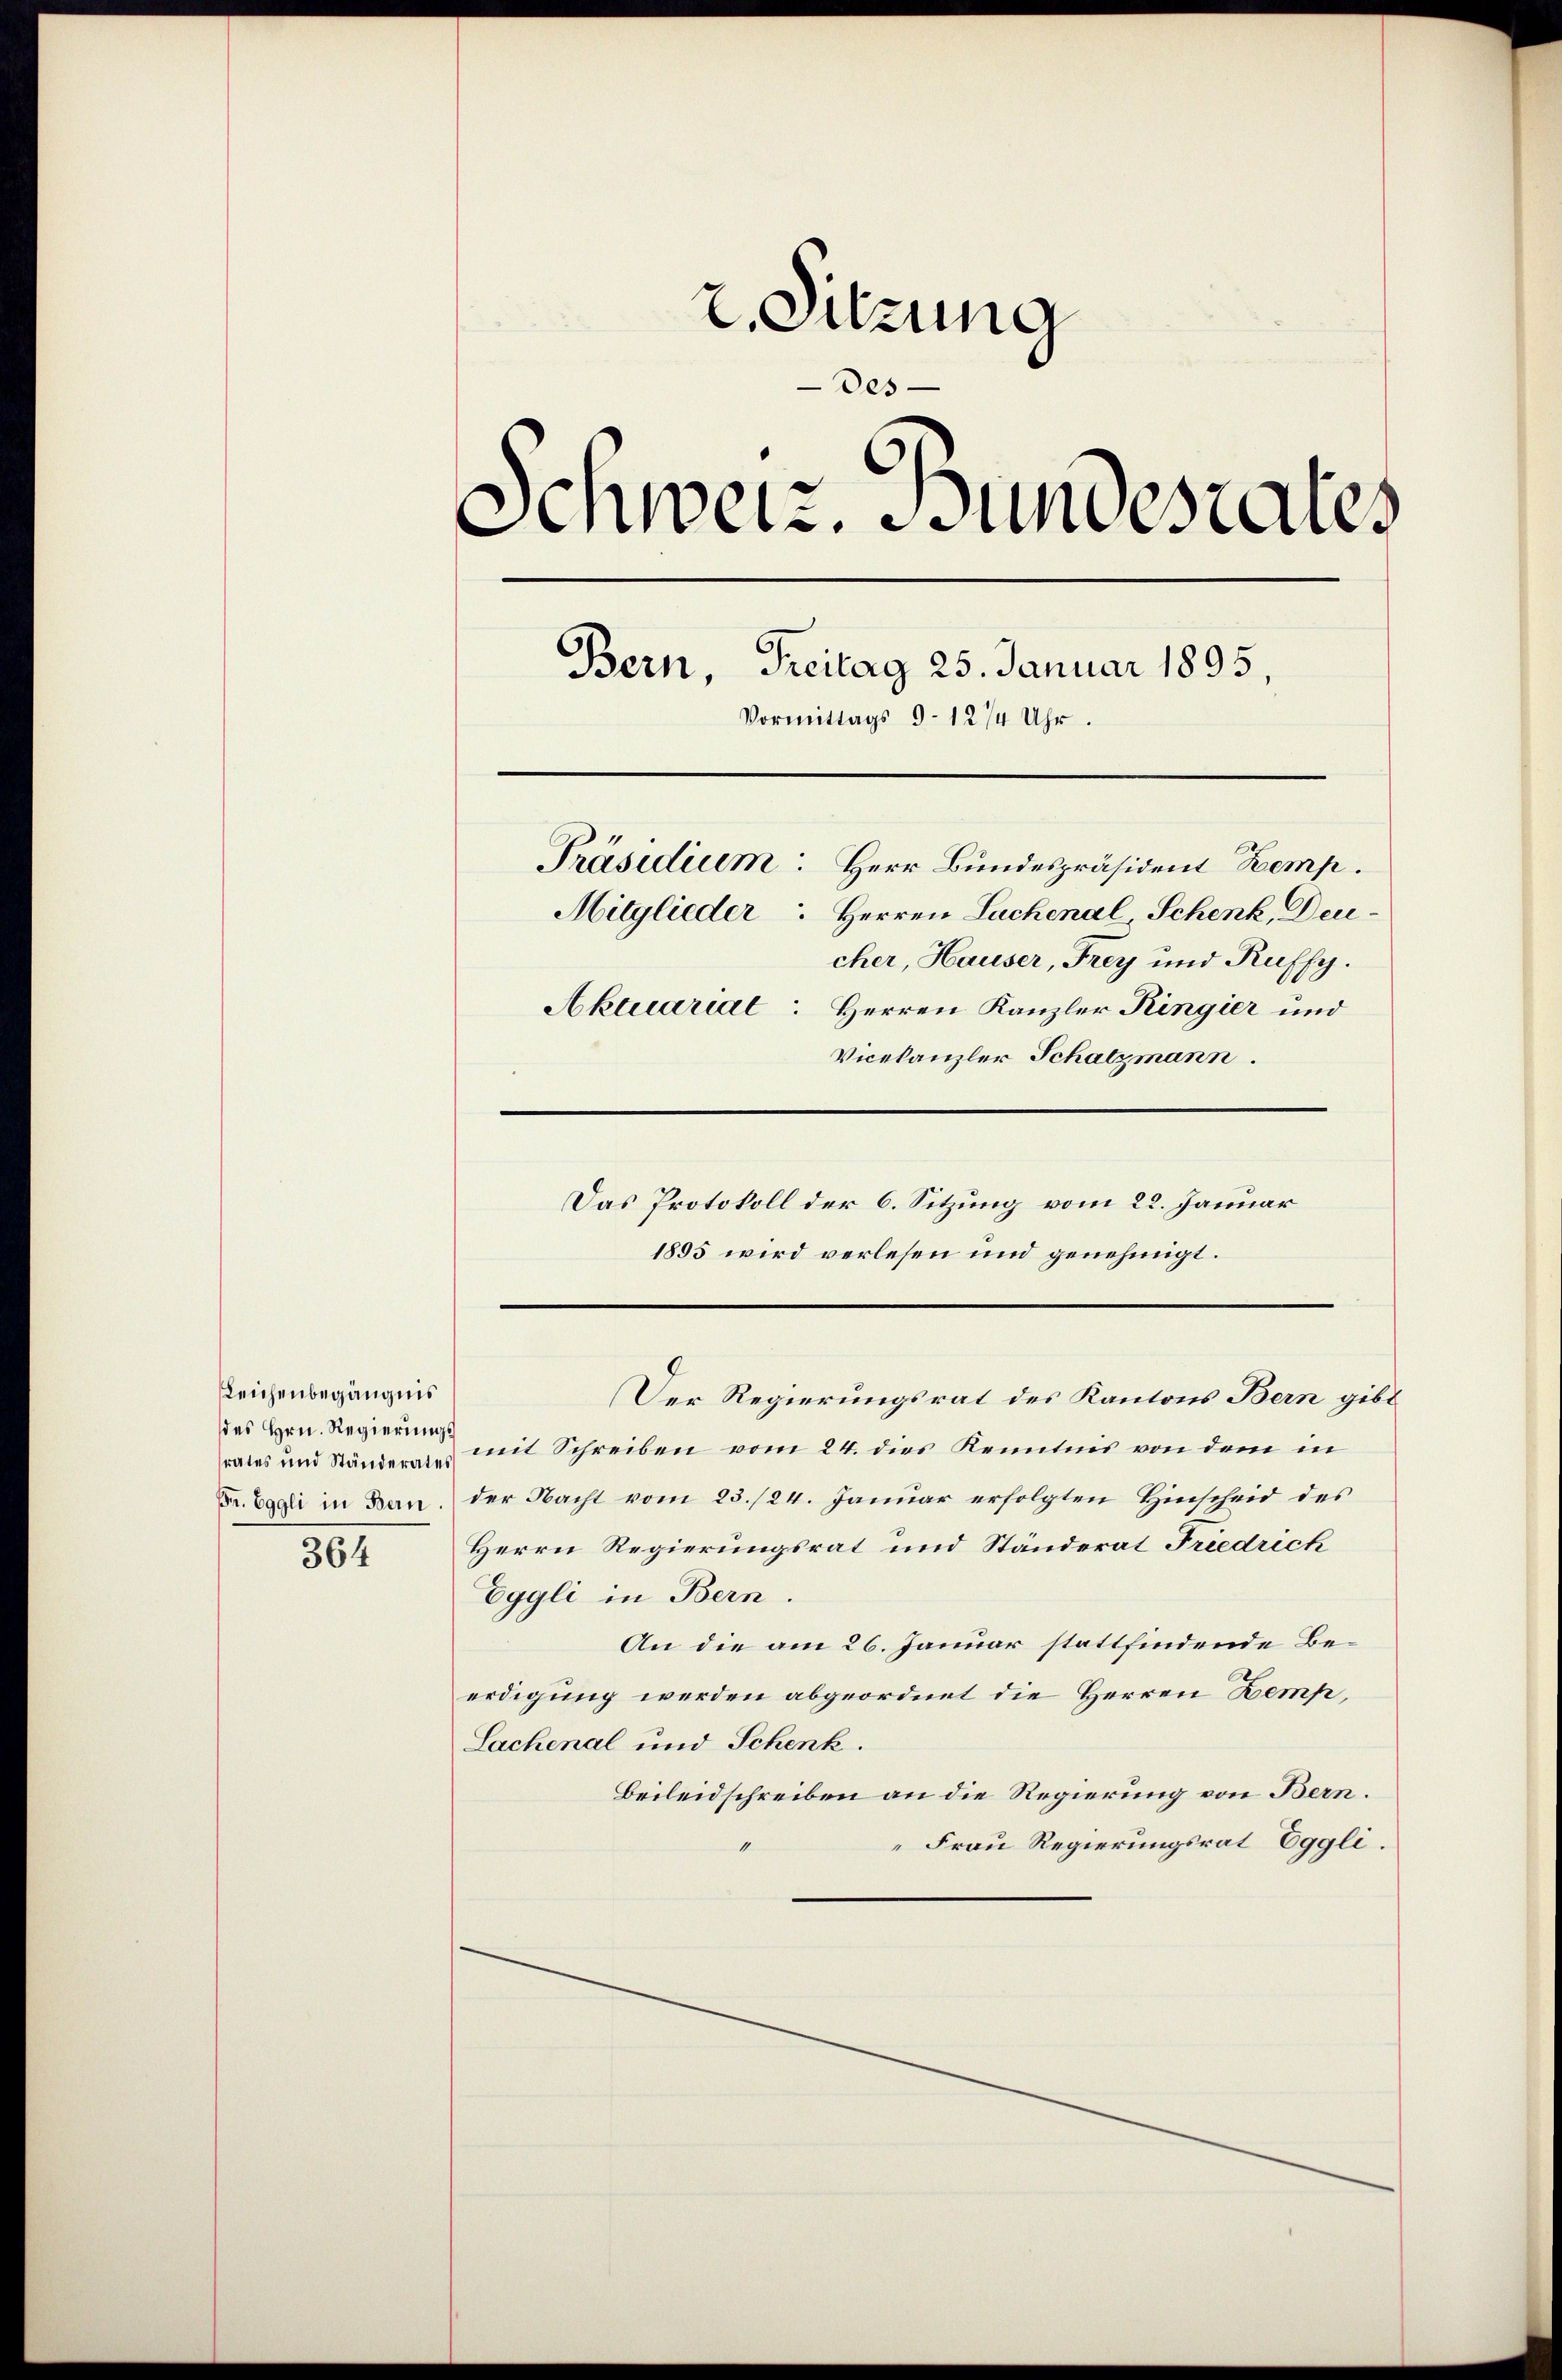
Leichenbegängnis
des Hrn. Regierungs
srates und Ständerates

364

2. Sitzung
Des-
Schweiz. Bundesaus
Bern, Freitag 25. Januar 1895,
Vormittags 9–12/4 Uhr.
Präsidium: Herr Bundespräsident Zemp.
Mitglieder Herren Lachenal, Schenk, Deucher, Hauser, Frey und Ruffy.
Aktuariat: Herren Kanzler Ringier und
Vicekanzler Schatzmann.

mit Schreiben vom 24. dies Kenntnis von dem in
Fr. Egli in Ban. der Nacht vom 23./24. Januar erfolgten Hinscheid des
Herrn Regierungsrat und Ständerat Friedrich
Eggli in Bern.
An die am 26. Januar stattfindende Beerdigung werden abgeordnet die Herren Zemp,
Sachenal und Schenk.
Beileidschreiben an die Regierung von Bern.
Frau Regierungsrat Eggli.

Das Protokoll der 6. Sitzung vom 22. Januar
1895 wird verlesen und genehmigt.

Der Regierungsrat des Kantons Bern gibt